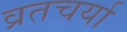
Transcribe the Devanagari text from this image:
व्रतचर्या